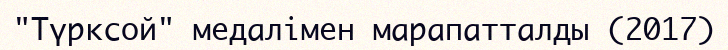
"Түрксой" медалімен марапатталды (2017)